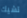
تشيك